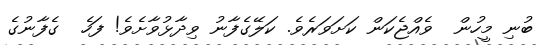
ބުނި މީހުން  ވެއްޖެކަން ކަށަވަރެވެ. ކަލޭގެފާނު ވިދާޅުވާށެވެ! ފަހެ  ގެފާނުގެ